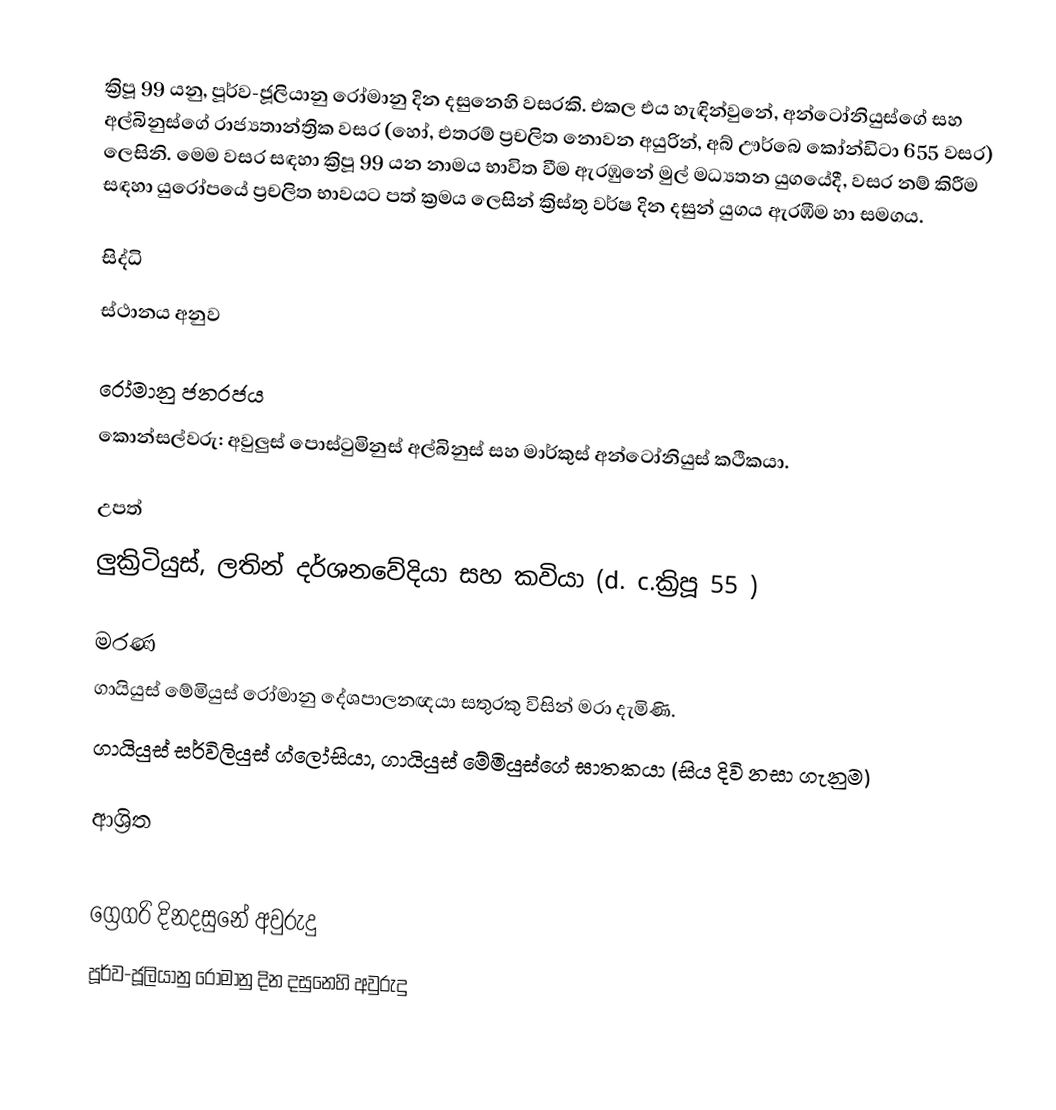

ක්‍රිපූ 99 යනු, පූර්ව-ජූලියානු රෝමානු දින දසුනෙහි වසරකි. එකල එය හැඳින්වුනේ, අන්ටෝනියුස්ගේ සහ අල්බිනුස්ගේ රාජ්‍යතාන්ත්‍රික වසර (හෝ, එතරම් ප්‍රචලිත නොවන අයුරින්, අබ් ඌර්බෙ කෝන්ඩිටා 655 වසර) ලෙසිනි. මෙම වසර සඳහා ක්‍රිපූ 99 යන නාමය භාවිත වීම ඇරඹුනේ මුල්  මධ්‍යතන යුගයේදී, වසර නම් කිරීම සඳහා යුරෝපයේ ප්‍රචලිත භාවයට පත් ක්‍රමය ලෙසින් ක්‍රිස්තු වර්ෂ දින දසුන් යුගය ඇරඹීම හා සමගය.

සිද්ධි
 ස්ථානය අනුව

 රෝමානු ජනරජය
 කොන්සල්වරු: අවුලුස් පොස්ටුමිනුස් අල්බිනුස් සහ මාර්කුස් අන්ටෝනියුස් කථිකයා.

උපත්
 ලුක්‍රිටියුස්, ලතින් දර්ශනවේදියා සහ කවියා (d. c.ක්‍රිපූ 55 )

මරණ
 ගායියුස් මේමියුස් රෝමානු දේශපාලනඥයා සතුරකු විසින් මරා දැමිණි.
 ගායියුස් සර්විලියුස් ග්ලෝසියා,  ගායියුස් මේමියුස්ගේ ඝාතකයා (සිය දිවි නසා ගැනුම)

ආශ්‍රිත

ග්‍රෙගරි දිනදසුනේ අවුරුදු
පූර්ව-ජූලියානු රෝමානු දින දසුනෙහි අවුරුදු